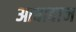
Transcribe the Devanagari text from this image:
आबादान